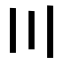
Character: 〣